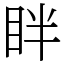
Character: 眫